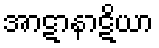
အာဋာနာဋိယာ